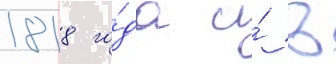
1818 го́да и́ в